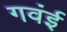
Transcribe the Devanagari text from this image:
गवंई